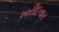
ખરીદનાર